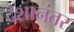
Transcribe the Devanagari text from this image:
दंशानंतर